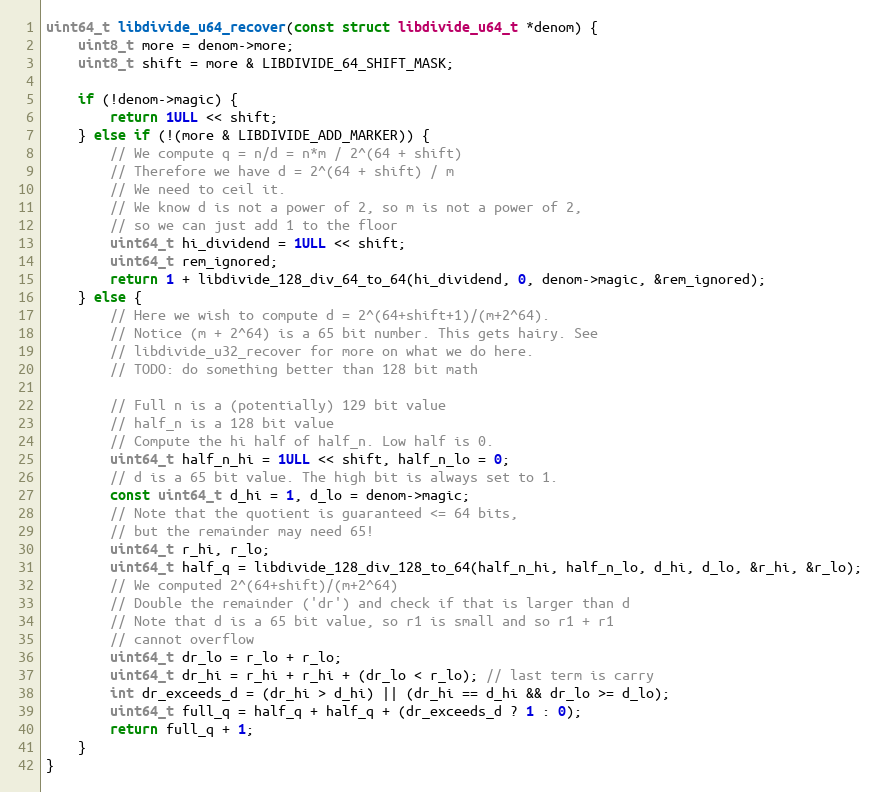
Language: C
uint64_t libdivide_u64_recover(const struct libdivide_u64_t *denom) {
    uint8_t more = denom->more;
    uint8_t shift = more & LIBDIVIDE_64_SHIFT_MASK;

    if (!denom->magic) {
        return 1ULL << shift;
    } else if (!(more & LIBDIVIDE_ADD_MARKER)) {
        // We compute q = n/d = n*m / 2^(64 + shift)
        // Therefore we have d = 2^(64 + shift) / m
        // We need to ceil it.
        // We know d is not a power of 2, so m is not a power of 2,
        // so we can just add 1 to the floor
        uint64_t hi_dividend = 1ULL << shift;
        uint64_t rem_ignored;
        return 1 + libdivide_128_div_64_to_64(hi_dividend, 0, denom->magic, &rem_ignored);
    } else {
        // Here we wish to compute d = 2^(64+shift+1)/(m+2^64).
        // Notice (m + 2^64) is a 65 bit number. This gets hairy. See
        // libdivide_u32_recover for more on what we do here.
        // TODO: do something better than 128 bit math

        // Full n is a (potentially) 129 bit value
        // half_n is a 128 bit value
        // Compute the hi half of half_n. Low half is 0.
        uint64_t half_n_hi = 1ULL << shift, half_n_lo = 0;
        // d is a 65 bit value. The high bit is always set to 1.
        const uint64_t d_hi = 1, d_lo = denom->magic;
        // Note that the quotient is guaranteed <= 64 bits,
        // but the remainder may need 65!
        uint64_t r_hi, r_lo;
        uint64_t half_q = libdivide_128_div_128_to_64(half_n_hi, half_n_lo, d_hi, d_lo, &r_hi, &r_lo);
        // We computed 2^(64+shift)/(m+2^64)
        // Double the remainder ('dr') and check if that is larger than d
        // Note that d is a 65 bit value, so r1 is small and so r1 + r1
        // cannot overflow
        uint64_t dr_lo = r_lo + r_lo;
        uint64_t dr_hi = r_hi + r_hi + (dr_lo < r_lo); // last term is carry
        int dr_exceeds_d = (dr_hi > d_hi) || (dr_hi == d_hi && dr_lo >= d_lo);
        uint64_t full_q = half_q + half_q + (dr_exceeds_d ? 1 : 0);
        return full_q + 1;
    }
}